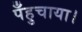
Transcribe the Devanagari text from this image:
पँहुचाया।